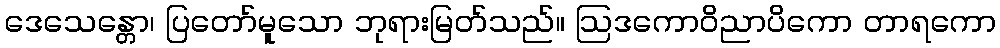
ဒေသေန္တော၊ ပြတော်မူသော ဘုရားမြတ်သည်။ ဩဒကောဝိညာပိကော တာရကော